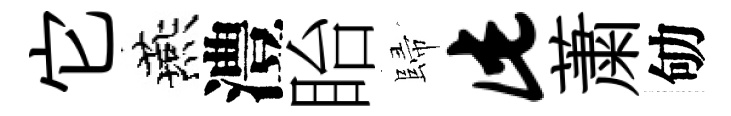
它燕澧眙歸此䔥劬